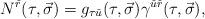
LaTeX: \begin{align*}N^{\check{r}}(\tau,\vec{\sigma})=g_{\tau\check{u}}(\tau,\vec{\sigma})\gamma^{\check{u}\check{r}}(\tau,\vec{\sigma}), \end{align*}